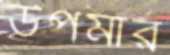
উপমার